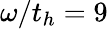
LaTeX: \omega/t_{h}=9